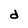
Character: d